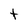
Character: t